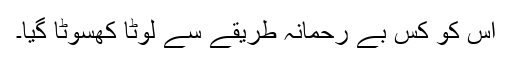
اس کو کس بے رحمانہ طریقے سے لوٹا کھسوٹا گیا۔